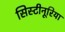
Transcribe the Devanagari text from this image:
सिस्टीनूरिया